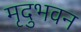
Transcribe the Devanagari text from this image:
मृदुभवन